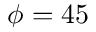
\phi = 4 5